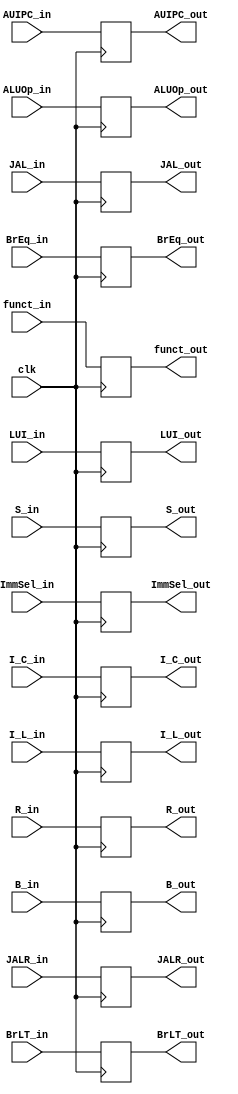
module pipeline_reg (
  input clk,
  input BrEq_in,
  input BrLT_in,
  input [3:0] funct_in,
  input [1:0] ALUOp_in,
  input [2:0] ImmSel_in,
  input R_in,
  input I_L_in,
  input I_C_in,
  input JALR_in,
  input S_in,
  input B_in,
  input LUI_in,
  input AUIPC_in,
  input JAL_in,
  output reg BrEq_out,
  output reg BrLT_out,
  output reg [3:0] funct_out,
  output reg [1:0] ALUOp_out,
  output reg [2:0] ImmSel_out,
  output reg R_out,
  output reg I_L_out,
  output reg I_C_out,
  output reg JALR_out,
  output reg S_out,
  output reg B_out,
  output reg LUI_out,
  output reg AUIPC_out,
  output reg JAL_out
);
  always @(posedge clk) begin
    BrEq_out<=BrEq_in; BrLT_out<=BrLT_in; funct_out<=funct_in; ALUOp_out<=ALUOp_in; ImmSel_out<=ImmSel_in;
    R_out<=R_in; I_L_out<=I_L_in; I_C_out<=I_C_in; JALR_out<=JALR_in; S_out<=S_in; B_out<=B_in;
    LUI_out<=LUI_in; AUIPC_out<=AUIPC_in; JAL_out<=JAL_in;
  end
endmodule